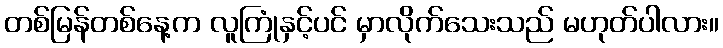
တစ်မြန်တစ်နေ့က လူကြုံနှင့်ပင် မှာလိုက်သေးသည် မဟုတ်ပါလား။